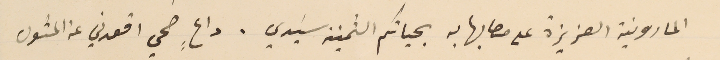
المارونية العزيزة على مصابها به بحياتكم الثمينة سَيدي. داعٍ صحي اقعدني عن المثول